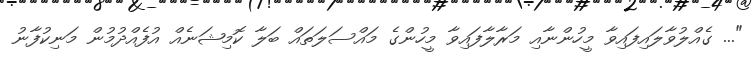
"... ގެއްލުވާލައިފައިވާ މީހުންނާއި މަރާލާފައިވާ މީހުންގެ މައްސަލަތައް ބަލާ ކޮމިޝަނެއް އުފެއްދުމުން މަނިކުފާނު